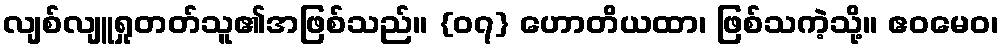
လျစ်လျူရှုတတ်သူ၏အဖြစ်သည်။ {၀၇} ဟောတိယထာ၊ ဖြစ်သကဲ့သို့။ ဧဝမေဝ၊